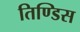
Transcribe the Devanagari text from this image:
तिण्डिस